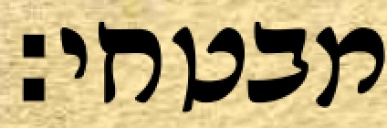
מבטחי: